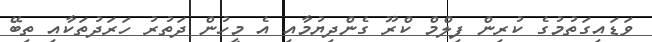
ވަޑައިގަތުމުގެ ކުރިން ފިލްމް ކްރޫ ގެންދިޔުމާއި އެ މީހުން ދަތުރު ހަރަދުތަކާއި ތިބޭ